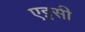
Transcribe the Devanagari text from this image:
एइसी